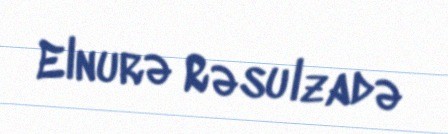
Elnurə Rəsulzadə